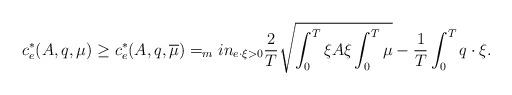
LaTeX: \begin{align*} c^{*}_e(A,q,\mu)\geq c^{*}_e(A,q,\overline{\mu})=_min_{e\cdot \xi>0}\frac{2}{T}\sqrt{\int_{0}^{T}\xi A \xi\int_{0}^{T}\mu}-\frac{1}{T}\int_{0}^{T}q\cdot \xi.\end{align*}